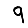
Digit: 9